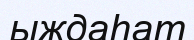
ыждаһат